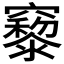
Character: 𥨹